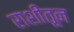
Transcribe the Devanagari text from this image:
राशींतून